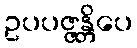
ဥပပဇ္ဇန္တိပေ